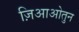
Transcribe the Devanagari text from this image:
ज़िआओतुन